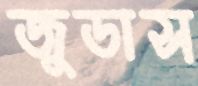
জুডাস